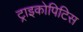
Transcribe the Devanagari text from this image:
ट्राइकोपिटिस